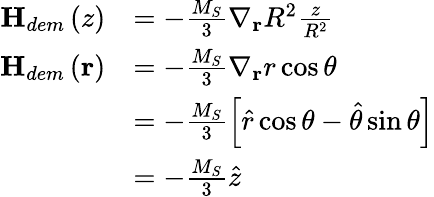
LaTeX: \begin{array}{rl}{\textbf{H}_{dem}\left(z\right)}&{=-\frac{M_{S}}{3}\nabla_{\textbf{r}}R^{2}\frac{z}{R^{2}}}\\ {\textbf{H}_{dem}\left(\textbf{r}\right)}&{=-\frac{M_{S}}{3}\nabla_{\textbf{r}}r\cos\theta}\\ &{=-\frac{M_{S}}{3}\left[\hat{r}\cos\theta-\hat{\theta}\sin\theta\right]}\\ &{=-\frac{M_{S}}{3}\hat{z}}\end{array}